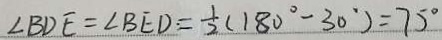
\angle B D E = \angle B E D \cdot = \frac { 1 } { 2 } ( 1 8 0 ^ { \circ } - 3 0 ^ { \circ } ) = 7 5 ^ { \circ }